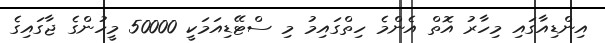
އިންޑިއާގައި މިހާރު އޮތް އެންމެ ހިތްގައިމު މި ސްޓޭޑިއަމަކީ 50000 މީހުންގެ ޖާގައިގެ